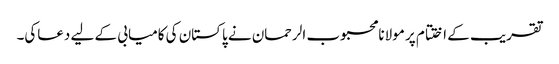
تقریب کے اختتام پر مولانامحبوب الرحمان نے پاکستان کی کامیابی کے لیے دعاکی۔